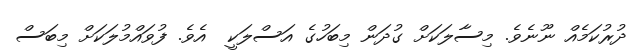
ދުރުކަމެއް ނޫނެވެ. މިސާލަކަށް ގުދަން މިބަހުގެ އަސްލަކީ  އެވެ. ފުވައްމުލަކަށް މިބަސް